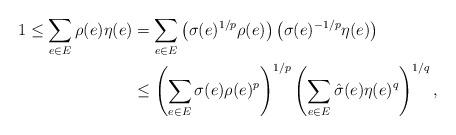
LaTeX: \begin{align*} 1 \le \sum_{e\in E}\rho(e)\eta(e) &= \sum_{e\in E}\left(\sigma(e)^{1/p}\rho(e)\right) \left(\sigma(e)^{-1/p}\eta(e)\right) \\ &\le \left( \sum_{e\in E}\sigma(e)\rho(e)^p \right)^{1/p} \left( \sum_{e\in E}\hat{\sigma}(e)\eta(e)^{q} \right)^{1/q}, \end{align*}